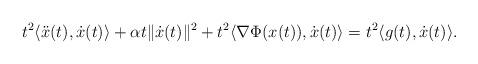
LaTeX: \begin{align*}t^2\langle \ddot{x}(t), \dot{x}(t) \rangle + \alpha t \|\dot{x}(t)\|^2 + t^2 \langle \nabla \Phi (x(t)), \dot{x}(t) \rangle = t^2 \langle g(t), \dot{x}(t) \rangle .\end{align*}